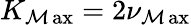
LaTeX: K_{\operatorname*{\mathcal{M}ax}}=2\nu_{\operatorname*{\mathcal{M}ax}}